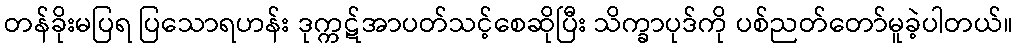
တန်ခိုးမပြရ ပြသောရဟန်း ဒုက္ကဋ်အာပတ်သင့်စေဆိုပြီး သိက္ခာပုဒ်ကို ပစ်ညတ်တော်မူခဲ့ပါတယ်။